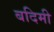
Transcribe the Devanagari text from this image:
बदिमी